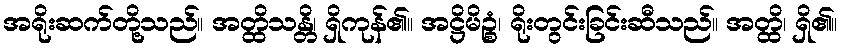
အရိုးဆက်တို့သည်။ အတ္ထိသန္တိ၊ ရှိကုန်၏။ အဋ္ဌိမိဉ္စံ၊ ရိုးတွင်းခြင်းဆီသည်။ အတ္ထိ၊ ရှိ၏။